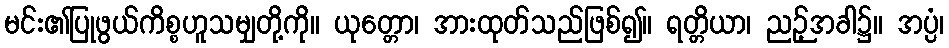
မင်း၏ပြုဖွယ်ကိစ္စဟူသမျှတို့ကို။ ယုတ္တော၊ အားထုတ်သည်ဖြစ်၍။ ရတ္တိယာ၊ ညဉ့်အခါ၌။ အပ္ပံ၊